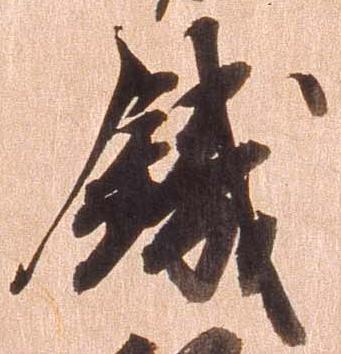
鉄